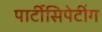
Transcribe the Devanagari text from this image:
पार्टीसिपेटींग